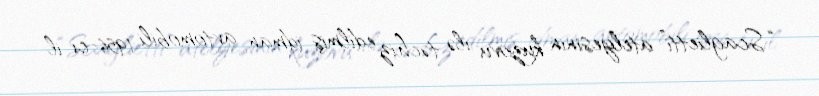
“Scaglietti” atelyesinin kuzovu ilə təchiz edilmiş idman avtomobili 1956-cı il